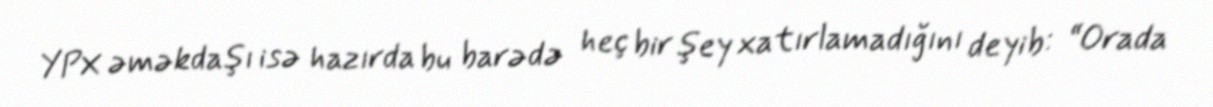
YPX əməkdaşı isə hazırda bu barədə heç bir şey xatırlamadığını deyib: “Orada